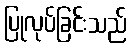
ပြုလုပ်ခြင်းသည်